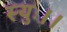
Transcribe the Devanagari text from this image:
स्युः।।